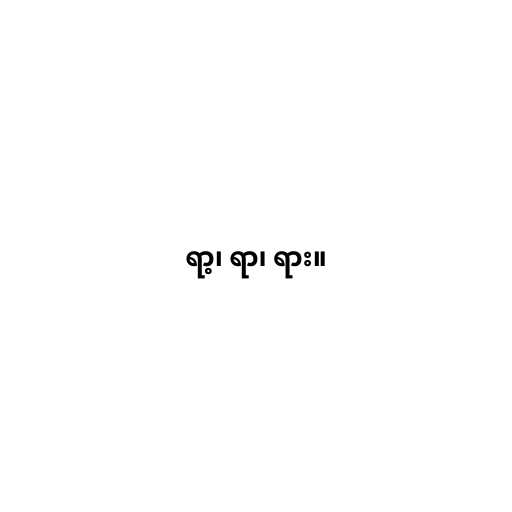
ရာ့၊ ရာ၊ ရား။